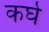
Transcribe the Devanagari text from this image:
कर्घे